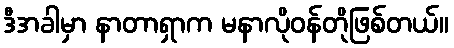
ဒီအခါမှာ နာတာရှာက မနာလိုဝန်တိုဖြစ်တယ်။